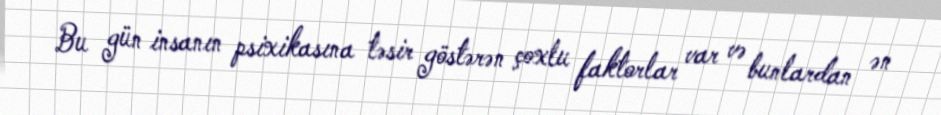
Bu gün insanın psixikasına təsir göstərən çoxlu faktorlar var və bunlardan ən